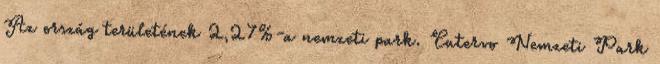
Az ország területének 2,27%-a nemzeti park. Cutervo Nemzeti Park